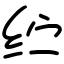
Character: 纻